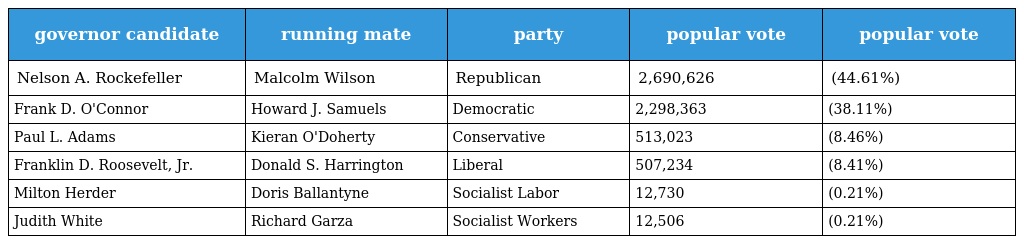
| governor candidate | running mate | party | popular vote | popular vote |
 | --- | --- | --- | --- | --- |
 | Nelson A. Rockefeller | Malcolm Wilson | Republican | 2,690,626 | (44.61%) |
 | Frank D. O'Connor | Howard J. Samuels | Democratic | 2,298,363 | (38.11%) |
 | Paul L. Adams | Kieran O'Doherty | Conservative | 513,023 | (8.46%) |
 | Franklin D. Roosevelt, Jr. | Donald S. Harrington | Liberal | 507,234 | (8.41%) |
 | Milton Herder | Doris Ballantyne | Socialist Labor | 12,730 | (0.21%) |
 | Judith White | Richard Garza | Socialist Workers | 12,506 | (0.21%) |